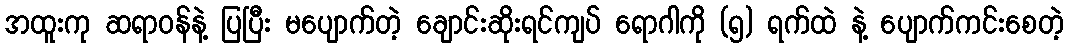
အထူးကု ဆရာဝန်နဲ့ ပြပြီး မပျောက်တဲ့ ချောင်းဆိုးရင်ကျပ် ရောဂါကို (၅) ရက်ထဲ နဲ့ ပျောက်ကင်းစေတဲ့